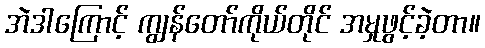
အဲဒါကြောင့် ကျွန်တော်ကိုယ်တိုင် အမှုဖွင့်ခဲ့တာ။